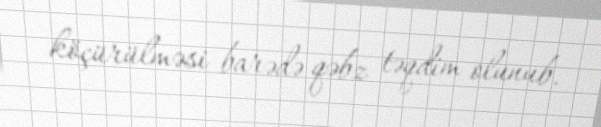
köçürülməsi barədə qəbz təqdim olunub.